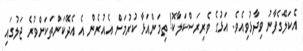
އެކަލޭގެފާނު ވިދާޅުވިއެވެ. އަޅުގެ ވެރިރަސްކަލާކޮ! ތިމަންއަޅާ ކުރުމަށް އެއުރެން އެ އެދޭކަންތަކަށްވުރެ ޖަލުގައި